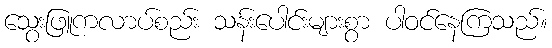
သွေးဖြူကလာပ်စည်း သန်းပေါင်းများစွာ ပါဝင်နေကြသည်။